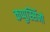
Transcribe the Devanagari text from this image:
कप्पुस्सिंनो